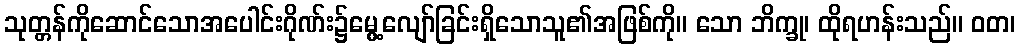
သုတ္တန်ကိုဆောင်သောအပေါင်းဂိုဏ်း၌မွေ့လျော်ခြင်းရှိသောသူ၏အဖြစ်ကို။ သော ဘိက္ခု၊ ထိုရဟန်းသည်။ ဝတ၊